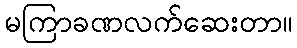
မကြာခဏလက်ဆေးတာ။